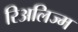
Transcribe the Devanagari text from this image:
रिअलिज्म